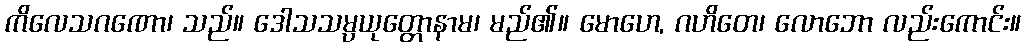
ကိလေသဂဏော၊ သည်။ ဒေါသသမ္ပယုတ္တောနာမ၊ မည်၏။ မောဟေ, ဂဟိတေ၊ လောဘော လည်းကောင်း။